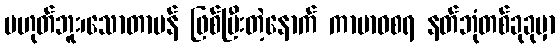
မဟုတ်ဘူး၊သောတာပန် ဖြစ်ပြီးတဲ့နောက် ကာမာဝစရ နတ်ဘုံတစ်ခုခုမှာ